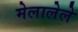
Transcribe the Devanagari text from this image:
मेलालेले